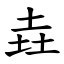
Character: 垚